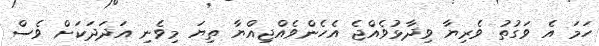
ހަމަ އެ ވަގުތު ވެރިޔާ ވިދާޅުވެއްޖެ އެހެންވެއްޖިއްޔާ ތިޔަ މިވެނި އަދަދަކަށް ވެސް